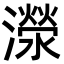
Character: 濴